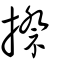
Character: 摖